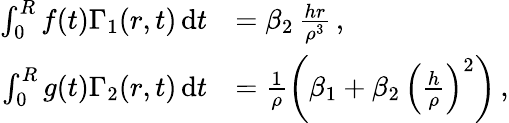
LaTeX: \begin{array}{rl}{\int_{0}^{R}f(t)\Gamma_{1}(r,t)\, \mathrm{d}t}&{=\beta_{2}\, \frac{hr}{\rho^{3}}\, ,}\\ {\int_{0}^{R}g(t)\Gamma_{2}(r,t)\, \mathrm{d}t}&{=\frac{1}{\rho}\left(\beta_{1}+\beta_{2}\, \left(\frac{h}{\rho}\right)^{2}\right)\, ,}\end{array}